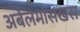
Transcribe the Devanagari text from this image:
अबेलमोसखस